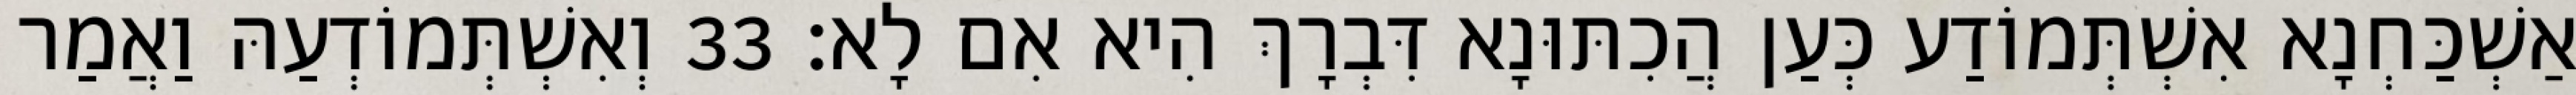
אַשְׁכַּחְנָא אִשְׁתְּמוֹדַע כְּעַן הֲכִתּוּנָא דִּבְרָךְ הִיא אִם לָא׃ 33 וְאִשְׁתְּמוֹדְעַהּ וַאֲמַר